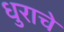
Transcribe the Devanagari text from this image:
धुराचे